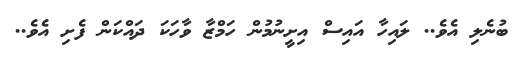
ބުނެލި އެވެ.. ލައިހާ އައިސް އިށީނުމުން ހަމްޒާ ވާހަކަ ދައްކަން ފެށި އެވެ..